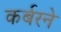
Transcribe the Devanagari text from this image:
कर्बरने